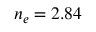
n _ { e } = 2 . 8 4